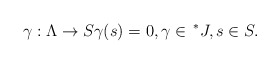
\begin{align*}\gamma : \Lambda \rightarrow S \gamma (s)=0, \gamma \in \,^{*}J, s\in S.\end{align*}